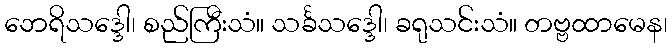
ဘေရိသဒ္ဒေါ၊ စည်ကြီးသံ။ သင်္ခသဒ္ဒေါ၊ ခရုသင်းသံ။ တဗ္ဗထာမေန၊